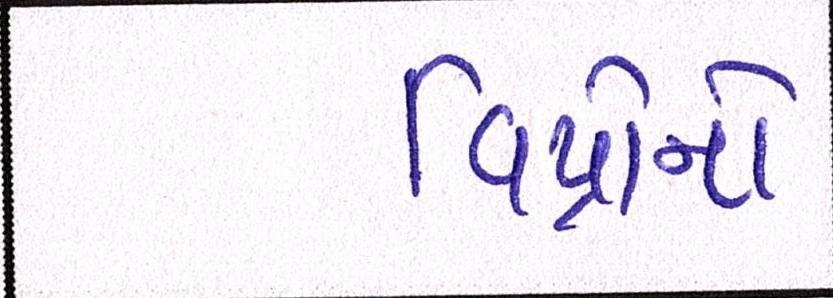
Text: વિપ્રોનો